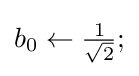
b_{0}\leftarrow {\tfrac {1}{\sqrt {2}}};